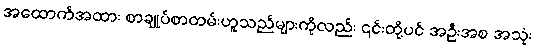
အထောက်အထား စာချုပ်စာတမ်းဟူသည်များကိုလည်း ၎င်းတို့ပင် အဦးအစ အသုံး